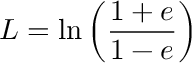
L = \ln \left( \frac { 1 + e } { 1 - e } \right)